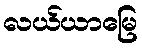
လယ်ယာမြေ